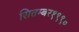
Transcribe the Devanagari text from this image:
सितम्बर१९९०